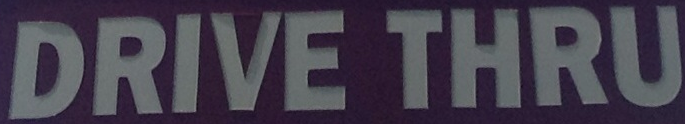
DRIVE THRU